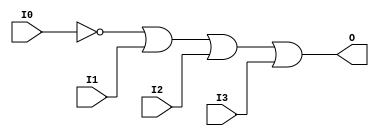
// $Header: /devl/xcs/repo/env/Databases/CAEInterfaces/verunilibs/data/unisims/OR4B1.v,v 1.6 2007/05/23 21:43:44 patrickp Exp $
///////////////////////////////////////////////////////////////////////////////
// Copyright (c) 1995/2004 Xilinx, Inc.
// All Right Reserved.
///////////////////////////////////////////////////////////////////////////////
//   ____  ____
//  /   /\/   /
// /___/  \  /    Vendor : Xilinx
// \   \   \/     Version : 10.1
//  \   \         Description : Xilinx Functional Simulation Library Component
//  /   /                  4-input OR Gate
// /___/   /\     Filename : OR4B1.v
// \   \  /  \    Timestamp : Thu Mar 25 16:43:31 PST 2004
//  \___\/\___\
//
// Revision:
//    03/23/04 - Initial version.
//    05/23/07 - Changed timescale to 1 ps / 1 ps.
//    05/23/07 - Added wire declaration for internal signals.

`timescale  1 ps / 1 ps


module OR4B1 (O, I0, I1, I2, I3);

    output O;

    input  I0, I1, I2, I3;

    wire i0_inv;

    not N0 (i0_inv, I0);
    or O1 (O, i0_inv, I1, I2, I3);


endmodule